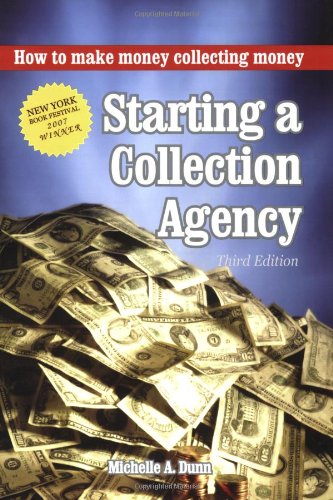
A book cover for Starting a Collection Agency, How to make money collecting money Third Edition; Michelle Dunn; Business & Money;